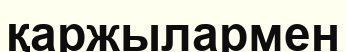
қаржылармен